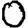
Digit: 0